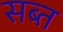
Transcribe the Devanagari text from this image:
सब्त